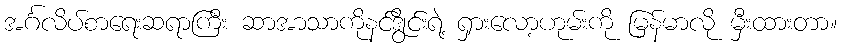
အင်္ဂလိပ်စာရေးဆရာကြီး ဆာအာသာကိုနင်ဒွိုင်းရဲ့ ရှားလော့ဟုမ်းကို မြန်မာလို မှီးထားတာ။